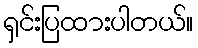
ရှင်းပြထားပါတယ်။